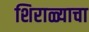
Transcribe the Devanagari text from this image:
शिराळ्याचा